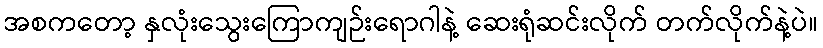
အစကတော့ နှလုံးသွေးကြောကျဉ်းရောဂါနဲ့ ဆေးရုံဆင်းလိုက် တက်လိုက်နဲ့ပဲ။